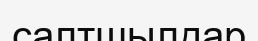
салтшылдар